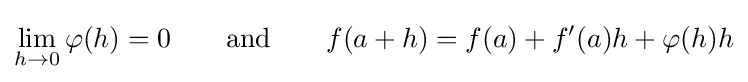
\lim _{h\to 0}\varphi (h)=0\qquad {\text{and}}\qquad f(a+h)=f(a)+f'(a)h+\varphi (h)h